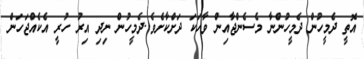
އޮތީ ދެމީހުން ދެމީހުންނާ މެސެންޖާއިން ވާހަކަ ދަށްކާށެވެ..ދެމީހުން ނިދި އިރު ހުރީ އެކެއްޖަހަން